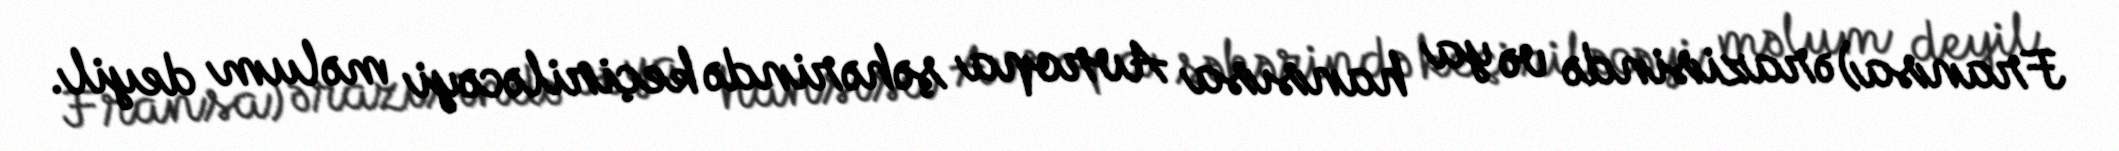
Fransa) ərazisində və ya hansısa Avropa şəhərində keçiriləcəyi məlum deyil.